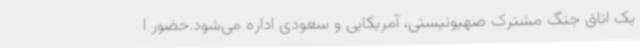
یک اتاق جنگ مشترک صهیونیستی، آمریکایی و سعودی اداره می‌شود.حضور ا